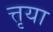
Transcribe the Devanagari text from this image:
त्तृया